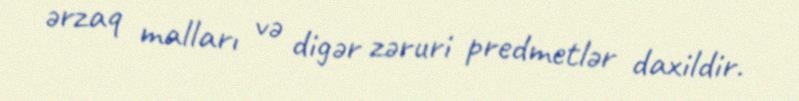
ərzaq malları və digər zəruri predmetlər daxildir.